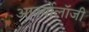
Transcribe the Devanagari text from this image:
आर्क्योलॉजी